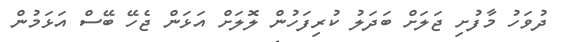
ދުވަހު މާފުށި ޖަލަށް ބަދަލު ކުރިފަހުން ލޮލަށް އަޅަން ޖެހޭ ބޭސް އަޅަމުން